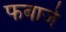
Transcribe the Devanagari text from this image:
फबार्ज